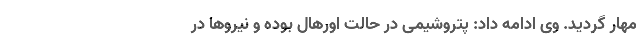
مهار گردید. وی ادامه داد: پتروشیمی در حالت اورهال بوده و نیروها در